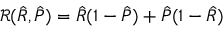
\mathcal { R } ( \hat { R } , \hat { P } ) = \hat { R } ( 1 - \hat { P } ) + \hat { P } ( 1 - \hat { R } )